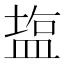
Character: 𥂁